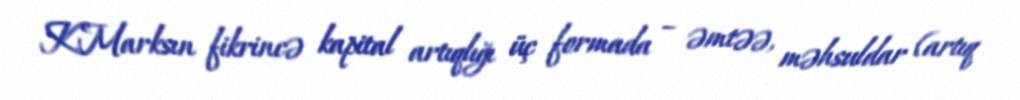
K.Marksın fikrincə kapital artıqlığı üç formada – əmtəə, məhsuldar (artıq